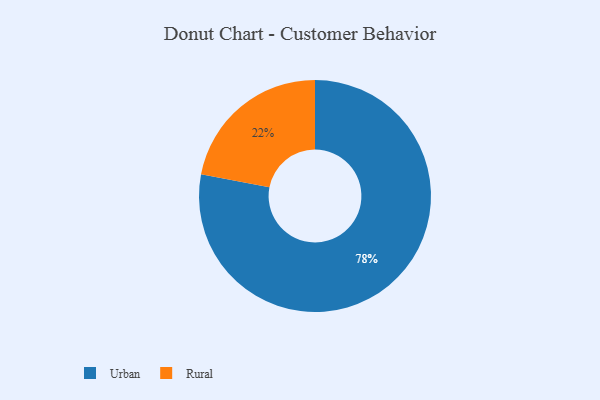
{"axis": {"x": "Category", "y": "Percentage"}, "legend": ["Rural", "Urban"], "data": [{"x": "Rural", "y": 22, "type": "Rural"}, {"x": "Urban", "y": 78, "type": "Urban"}]}